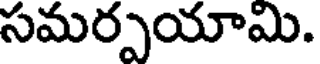
సమర్పయామి.